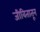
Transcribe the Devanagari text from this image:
जीवितातून